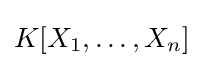
K[X_{1},\dots ,X_{n}]